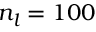
n _ { l } = 1 0 0